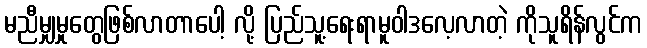
မညီမျှမှုတွေဖြစ်လာတာပေါ့ လို့ ပြည်သူ့ရေးရာမူဝါဒလေ့လာတဲ့ ကိုသူရိန်လွင်က